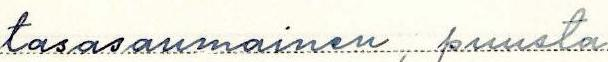
tasasaumainen, puusta